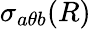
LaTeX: \sigma_{a\theta b}(R)